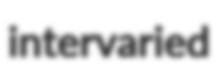
intervaried